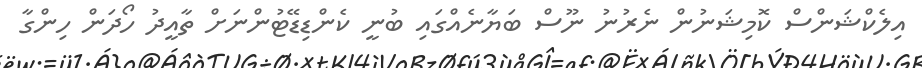
އިލެކްޝަންސް ކޮމިޝަނުން ނެރުނު ނޫސް ބަޔާނެއްގައި ބުނީ ކެންޑިޑޭޓުންނަށް ތާއީދު ހޯދަން ހިންގާ